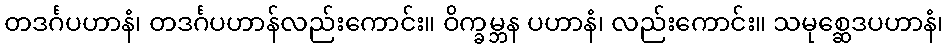
တဒင်္ဂပဟာနံ၊ တဒင်္ဂပဟာန်လည်းကောင်း။ ဝိက္ခမ္ဘန ပဟာနံ၊ လည်းကောင်း။ သမုစ္ဆေဒပဟာနံ၊